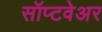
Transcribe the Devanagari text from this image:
सॉप्टवेअर